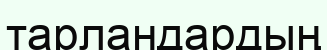
тарландардың